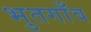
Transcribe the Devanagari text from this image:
भुतगाँव